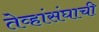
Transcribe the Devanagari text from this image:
तेव्हांसंघाची